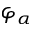
\varphi _ { \alpha }